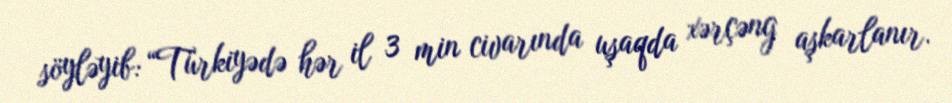
söyləyib: “Türkiyədə hər il 3 min civarında uşaqda xərçəng aşkarlanır.